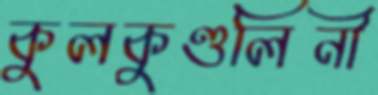
কুলকুণ্ডলিনী